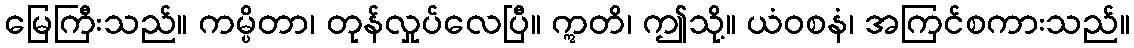
မြေကြီးသည်။ ကမ္ပိတာ၊ တုန်လှုပ်လေပြီ။ ဣတိ၊ ဤသို့။ ယံဝစနံ၊ အကြင်စကားသည်။